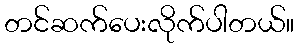
တင်ဆက်ပေးလိုက်ပါတယ်။